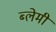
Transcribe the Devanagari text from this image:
ब्लेमी